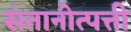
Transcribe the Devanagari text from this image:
संतानोत्पत्ती